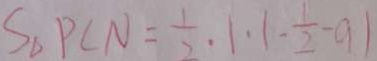
S _ { \Delta } P C N = \frac { 1 } { 2 } \cdot 1 \cdot 1 - \frac { 1 } { 2 } - a 1